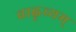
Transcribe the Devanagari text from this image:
वाह्वृच्यम्